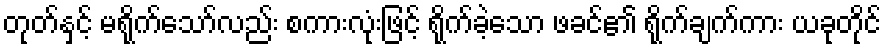
တုတ်နှင့် မရိုက်သော်လည်း စကားလုံးဖြင့် ရိုက်ခဲ့သော ဖခင်၏ ရိုက်ချက်ကား ယခုတိုင်